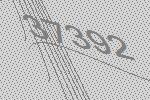
37392